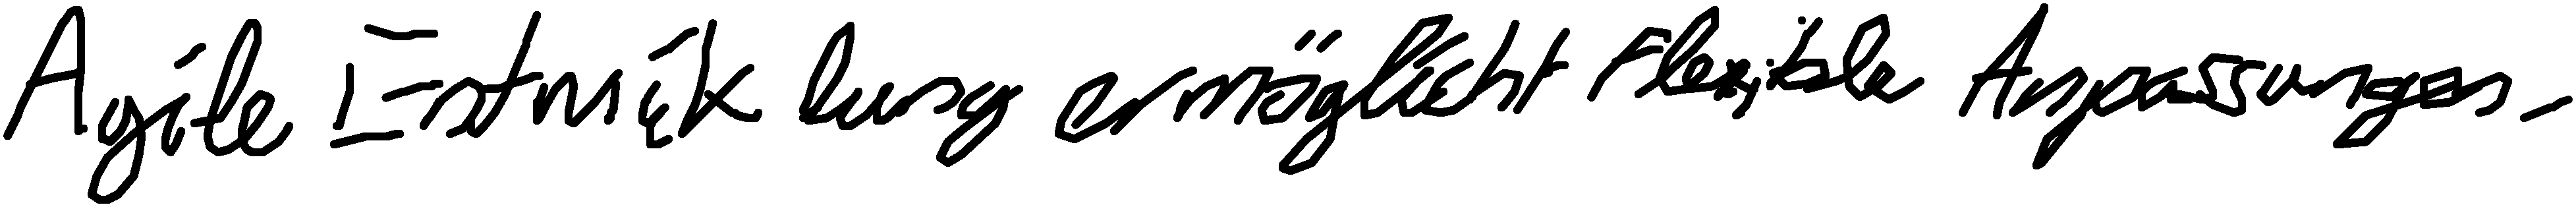
Agile Entwicklung ermöglicht flexible Anpassungen.